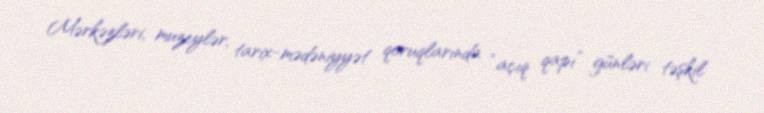
Mərkəzləri, muzeylər, tarix-mədəniyyət qoruqlarında “açıq qapı” günləri təşkil